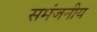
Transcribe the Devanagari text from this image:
समंजनीय